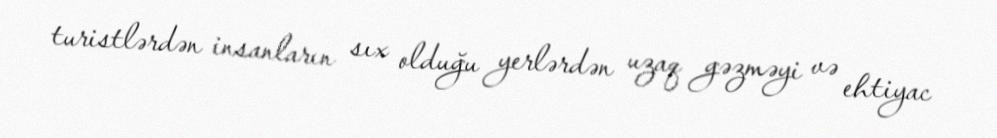
turistlərdən insanların sıx olduğu yerlərdən uzaq gəzməyi və ehtiyac